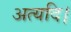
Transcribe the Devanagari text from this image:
अत्यदि।